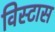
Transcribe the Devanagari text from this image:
विस्टास